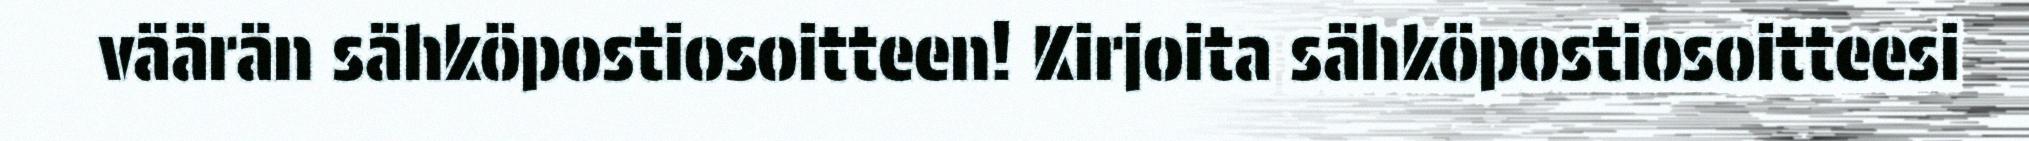
väärän sähköpostiosoitteen! Kirjoita sähköpostiosoitteesi